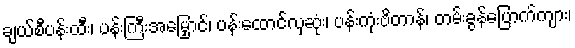
ချယ်စီပန်းထီး၊ ပန်းကြီးအမြှောင်၊ ပန်းထောင်လှဆုံး၊ ပန်းကုံးဗိတာန်၊ တမ်းခွန်ပြောက်ကျား၊